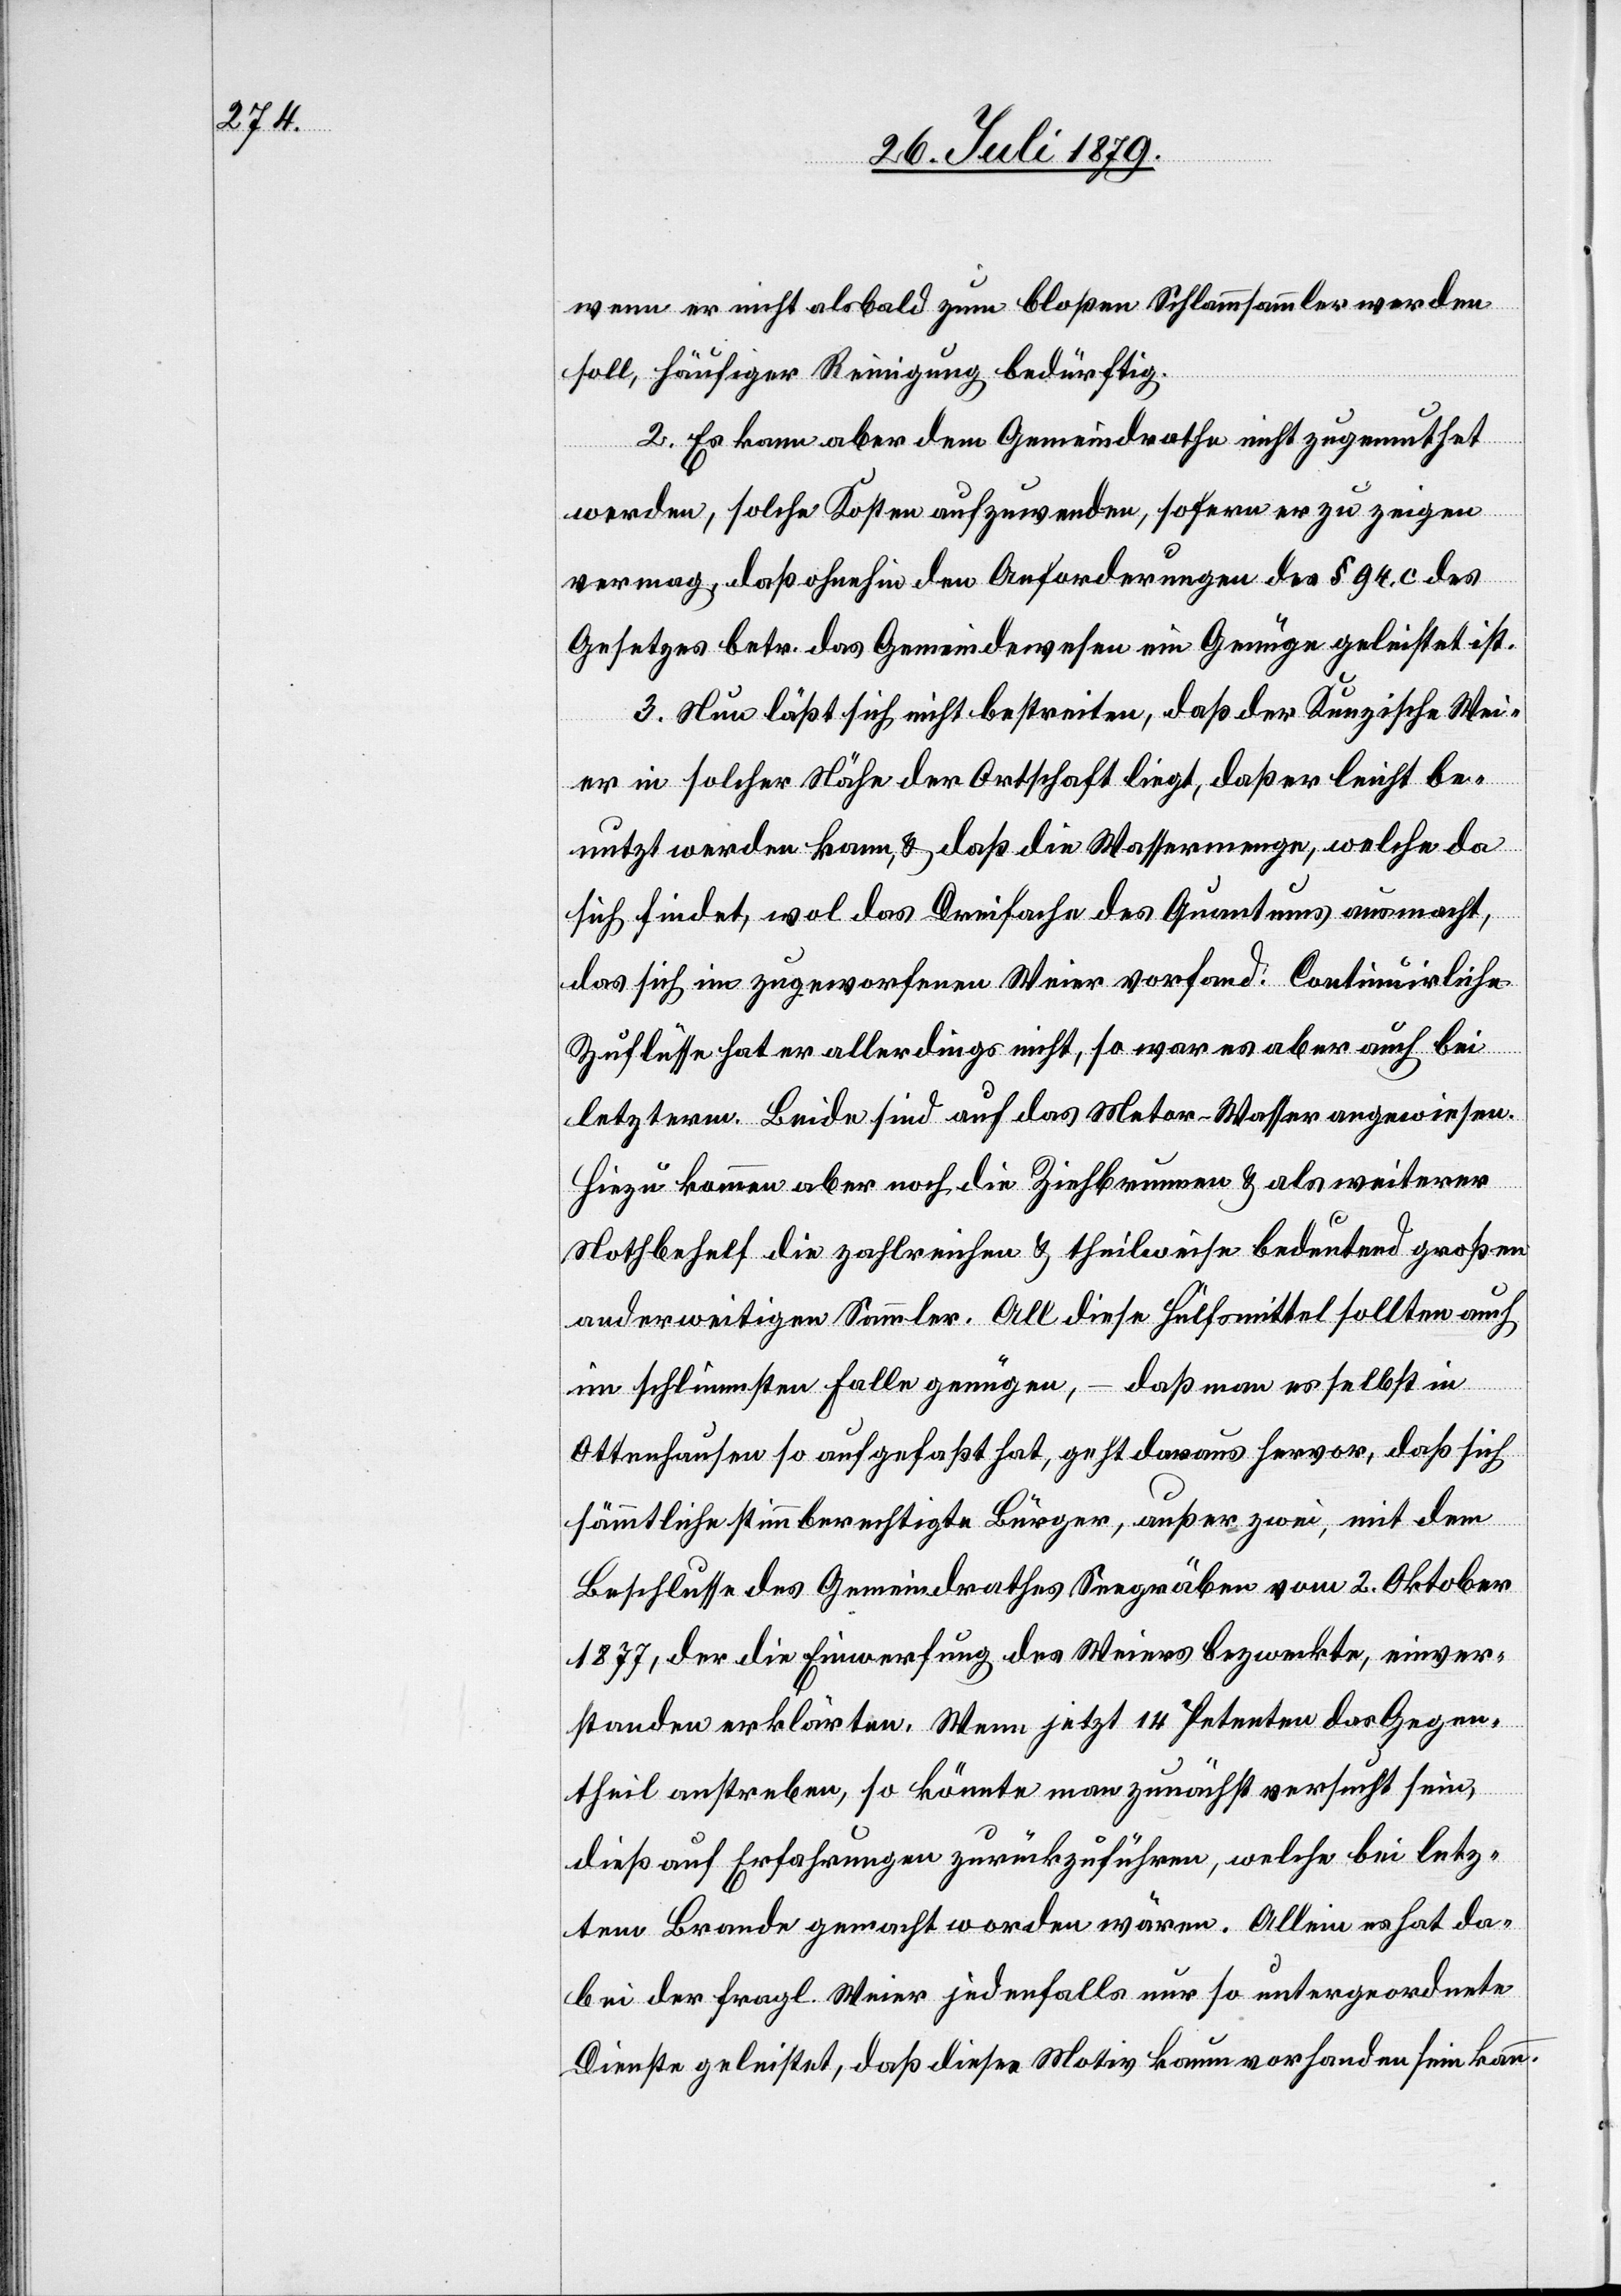
wenn er nicht alsbald zum bloßen Schlammsammler werden
soll, häufiger Reinigung bedürftig.
2. Es kann aber dem Gemeindrathe nicht zugemuthet
werden, solche Kosten aufzuwenden, sofern er zu zeigen
vermag, daß ohnehin den Anforderungen des § 94 c des
Gesetzes betr. das Gemeindewesen ein Genüge geleistet ist.
3. Nun läßt sich nicht bestreiten, daß der Kunzische Wei¬
er in solcher Nähe der Ortschaft liegt, daß er leicht be¬
nutzt werden kann, & daß die Wassermenge, welche da
sich findet, wol das Dreifache des Quantums ausmacht,
das sich im zugeworfenen Weier vorfand. Continuirliche
Zuflüsse hat er allerdings nicht, so war es aber auch bei
letzterm. Beide sind auf das Meteor-Wasser angewiesen.
Hiezu kommen aber noch die Ziehbrunnen & als weiterer
Notbehelf die zahlreichen & theilweise bedeutend großen
anderweitigen Sammler. All diese Hülfsmittel sollten auch
im schlimmsten Falle genügen, – daß man es selbst in
Ottenhausen so aufgefaßt hat, geht daraus hervor, daß sich
sämmtliche stimmberechtigte Bürger, außer zwei, mit dem
Beschlusse des Gemeindrathes Seegräben vom 2. Oktober
1877, der die Einwerfung des Weiers bezweckte, einver¬
standen erklärten. Wenn jetzt 14 Petenten das Gegen¬
theil anstreben, so könnte man zunächst versucht sein,
dieß auf Erfahrungen zurückzuführen, welche bei letz¬
tem Brande gemacht worden wären. Allein es hat da¬
bei der fragl. Weier jedenfalls nur so untergeordnete
Dienste geleistet, daß dieses Motiv kaum vorhanden sein kann.